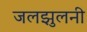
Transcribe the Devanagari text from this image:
जलझुलनी